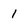
Character: 1